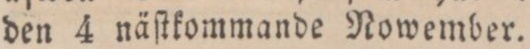
den 4 näſtkommande Nowember.